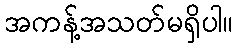
အကန့်အသတ်မရှိပါ။